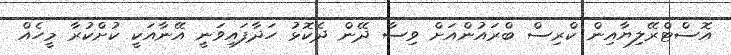
އޮސްޓްރޭލިޔާއިން ކްރިސް ބްރައުންއަށް ވިސާ ދޭން ދެކޮޅު ހަދާފައިވަނީ އޭނާއަކީ ކުށްކުރާ މީހެއް